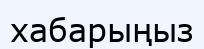
хабарыңыз